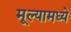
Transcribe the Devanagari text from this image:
मूल्यामध्ये